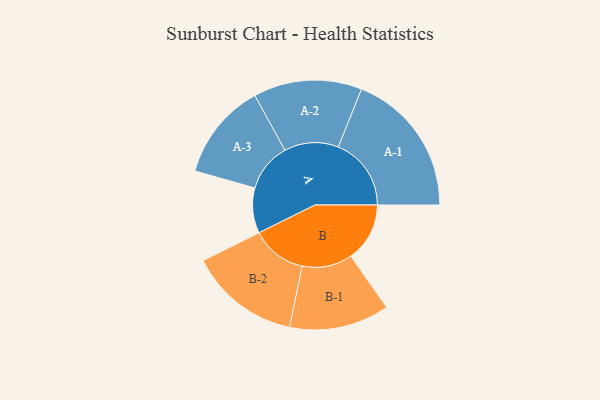
{"axis": {"x": "Segment", "y": "Value"}, "legend": ["", "A", "B"], "data": [{"x": "A", "y": 176, "type": ""}, {"x": "B", "y": 229, "type": ""}, {"x": "A-1", "y": 284, "type": "A"}, {"x": "A-2", "y": 211, "type": "A"}, {"x": "A-3", "y": 189, "type": "A"}, {"x": "B-1", "y": 195, "type": "B"}, {"x": "B-2", "y": 216, "type": "B"}]}